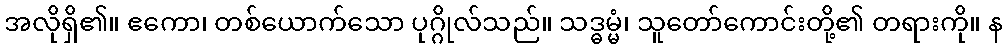
အလိုရှိ၏။ ဧကော၊ တစ်ယောက်သော ပုဂ္ဂိုလ်သည်။ သဒ္ဓမ္မံ၊ သူတော်ကောင်းတို့၏ တရားကို။ န